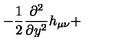
- \frac { 1 } { 2 } \frac { \partial ^ { 2 } } { \partial y ^ { 2 } } h _ { \mu \nu } +